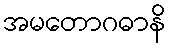
အမတောဂဓာနိ